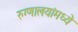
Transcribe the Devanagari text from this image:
रुग्णालयांमध्ये